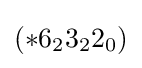
(*6_{2}3_{2}2_{0})